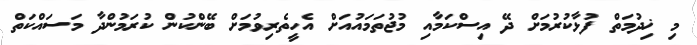
މި ޚިދުމަތް ފުޅާކުރުމަށް ދޭ އިސްކަމާއި މުޖުތަމައުއަށް އެހީތެރިވުމަށް ބޭންކުން ކުރަމުންދާ މަސައްކަތް